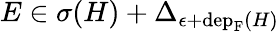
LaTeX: E\in\sigma(H)+\Delta_{\epsilon+\mathrm{dep}_{\mathrm{F}}(H)}